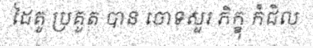
ដៃគូ ប្រគួត បាន ចោទសួរ ភិក្ខុ កំជិល